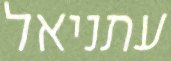
עתניאל